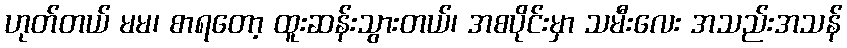
ဟုတ်တယ် မမ၊ စာရတော့ ထူးဆန်းသွားတယ်၊ အစပိုင်းမှာ သမီးလေး အသည်းအသန်